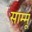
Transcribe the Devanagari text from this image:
साम्मू